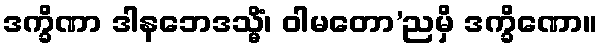
ဒက္ခိဏာ ဒါနဘေဒသ္မိံ၊ ဝါမတော’ညမှိ ဒက္ခိဏော။